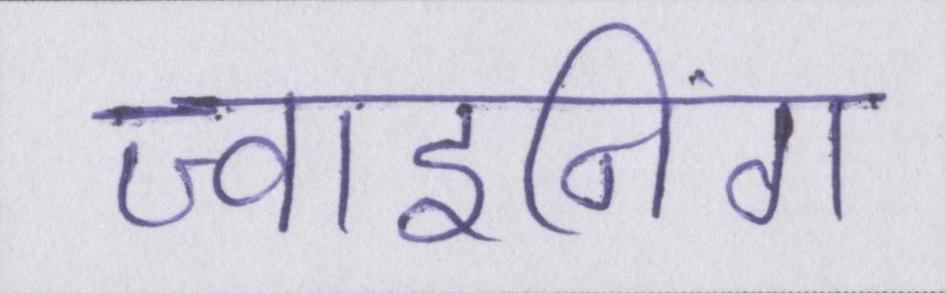
ज्वाइनिंग